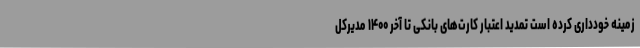
زمینه خودداری کرده است تمدید اعتبار کارت‌های بانکی تا آخر ۱۴۰۰ مدیرکل